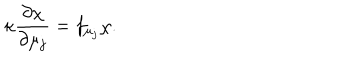
\kappa \frac { \partial \chi } { \partial \mu _ { j } } = f _ { \mu _ { j } } \chi .